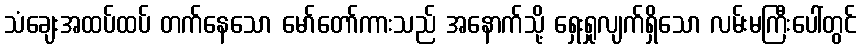
သံချေးအထပ်ထပ် တက်နေသော မော်တော်ကားသည် အနောက်သို့ ရှေးရှုလျက်ရှိသော လမ်းမကြီးပေါ်တွင်